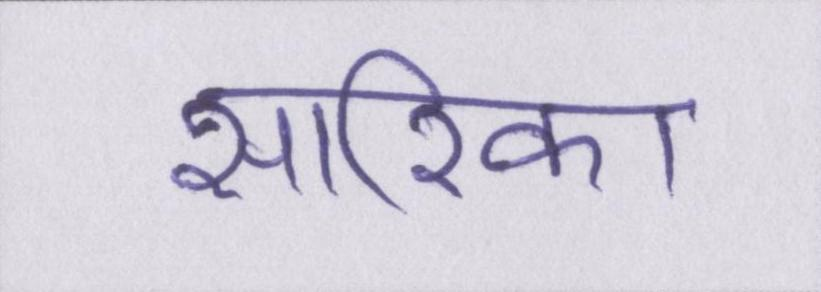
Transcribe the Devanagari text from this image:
सारिका